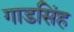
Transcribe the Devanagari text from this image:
गाडसिंह